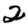
Digit: 2